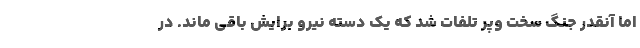
اما آنقدر جنگ سخت وپر تلفات شد که یک دسته نیرو برایش باقی ماند. در